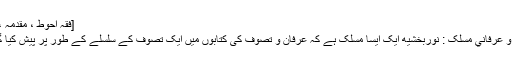
[فقہ احوط ، مقدمہ ، ص ۸]
تصوفی و عرفاني مسلک : نوربخشيه ايک ايسا مسلک ہے کہ عرفان و تصوف کی کتابوں میں ایک تصوف کے سلسلے کے طور پر پیش کیا گیا ہے ۔